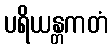
ပရိယန္တကတံ